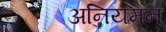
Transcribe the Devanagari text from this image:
अनियमन